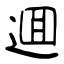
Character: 逥